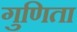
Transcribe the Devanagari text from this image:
गुणिता